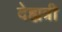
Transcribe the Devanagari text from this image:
देह्यत्री